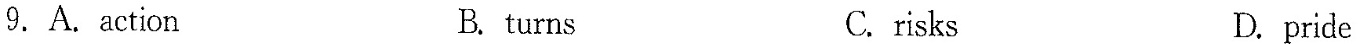
9.A.action B. turns C.risks D.pride